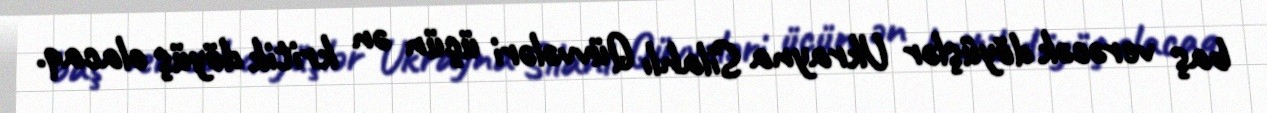
baş verəcək döyüşlər Ukrayna Silahlı Qüvvələri üçün ən kritik döyüş olacaq.